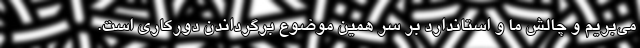
می‌بریم و چالش ما و استاندارد بر سر همین موضوع برگرداندن دورکاری است.